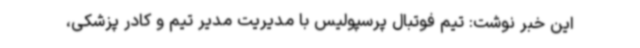
این خبر نوشت: تیم فوتبال پرسپولیس با مدیریت مدیر تیم و کادر پزشکی،